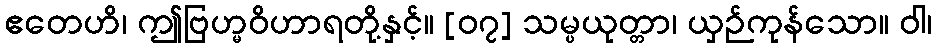
ဧတေဟိ၊ ဤဗြဟ္မဝိဟာရတို့နှင့်။ [၀၇] သမ္ပယုတ္တာ၊ ယှဉ်ကုန်သော။ ဝါ၊